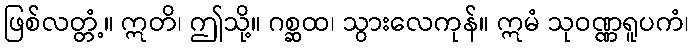
ဖြစ်လတ္တံ့။ ဣတိ၊ ဤသို့။ ဂစ္ဆထ၊ သွားလေကုန်။ ဣမံ သုဝဏ္ဏရူပကံ၊